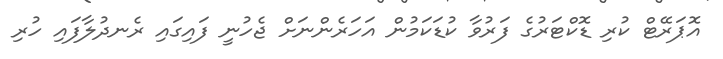
އޮޕަރޭޓް ކުރި ޑޮކްޓަރުގެ ފަރުވާ ކުޑަކަމުން އަހަރެންނަށް ޖެހުނީ ފައިގައި ރެނދުލާފައި ހުރި